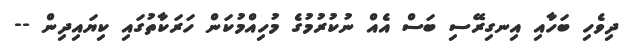
ދިވެހި ބަހާއި އިނގިރޭސި ބަސް އެއް ނުކުރުމުގެ މުހިއްމުކަން ހަރަކާތުގައި ކިޔައިދިން --